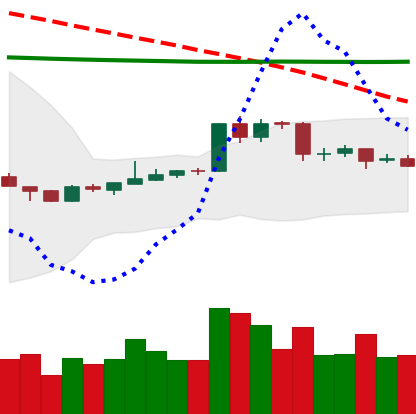
Ticker: EOS-USD
Chart end date: 2020-04-15
Forward return: 5.119%
Label: up_5_7